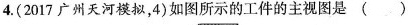
4.(2017广州天河模拟，4)如图所示的工件的主视图是()